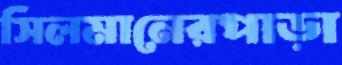
সিলমানেরপাড়া